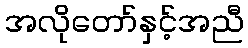
အလိုတော်နှင့်အညီ